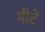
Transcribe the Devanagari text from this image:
मीटे